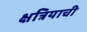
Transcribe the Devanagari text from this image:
क्षत्रियाची